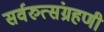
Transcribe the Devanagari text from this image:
सर्वरुत्संग्रहणी